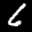
Label: 6